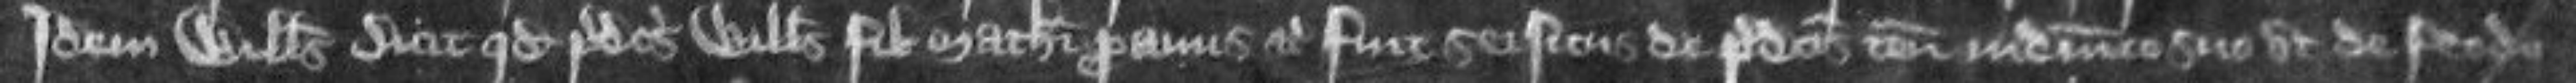
idem Willelmus dicit quod predictus Willelmus filius Mathei proavus etc fuit seisitus de predictis tenementis in dominico suo ut de feodo